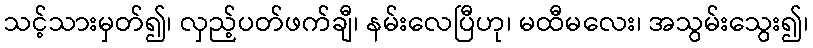
သင့်သားမှတ်၍၊ လှည့်ပတ်ဖက်ချီ၊ နမ်းလေပြီဟု၊ မထီမလေး၊ အသွမ်းသွေး၍၊